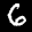
Label: 6